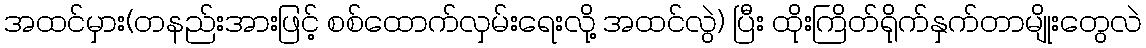
အထင်မှား(တနည်းအားဖြင့် စစ်ထောက်လှမ်းရေးလို့ အထင်လွဲ) ပြီး ထိုးကြိတ်ရိုက်နှက်တာမျိုးတွေလဲ